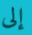
إلى